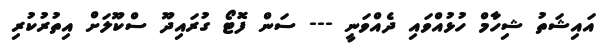
އައިޝަތު ޝިހާމް ހުޅުއްވައި ދެއްވަނީ --- ސަން ފޮޓޯ ގުރައިދޫ ސްކޫލަށް އިތުރުކުރި